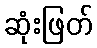
ဆုံးဖြတ်